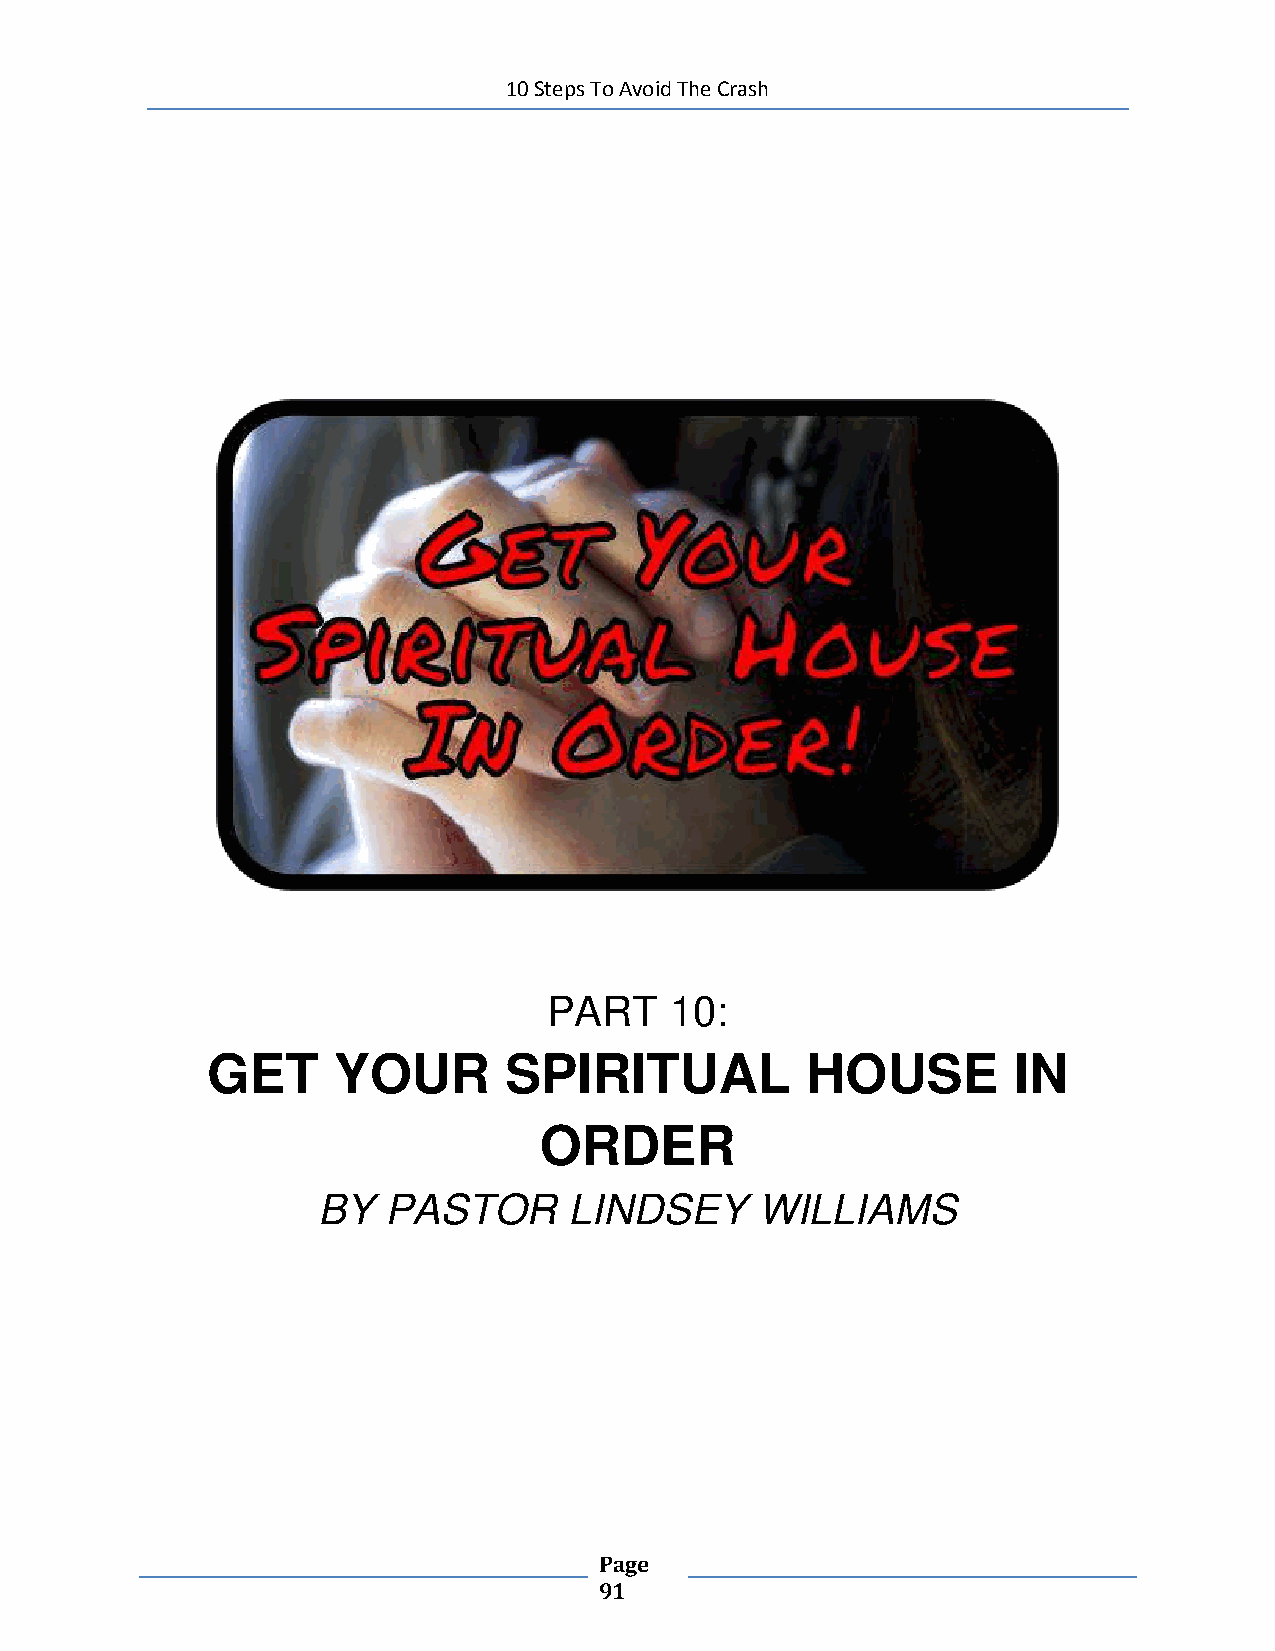
10 Steps To Avoid The Crash
 PART    10:
 GET     YOUR       SPIRITUAL           HOUSE         IN
 ORDER
 BY  PASTOR       LINDSEY     WILLIAMS
 Page
 91